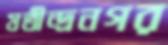
যতীন্দ্রনগর